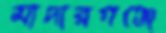
মাদারগঞ্জে